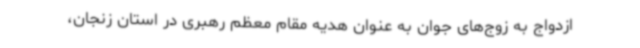
ازدواج به زوج‌های جوان به عنوان هدیه مقام معظم رهبری در استان زنجان،